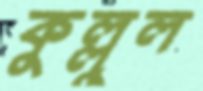
কুল্লুল